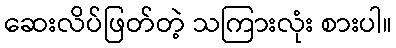
ဆေးလိပ်ဖြတ်တဲ့ သကြားလုံး စားပါ။